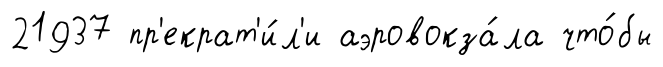
21937 пр'екрат'и́л'и аэровокза́ла что́бы